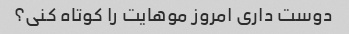
دوست داری امروز موهایت را کوتاه کنی؟